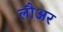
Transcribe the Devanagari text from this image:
लौअर